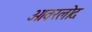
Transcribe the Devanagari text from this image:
ओवरलोद